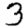
Digit: 3